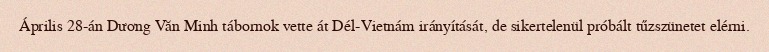
Április 28-án Dương Văn Minh tábornok vette át Dél-Vietnám irányítását, de sikertelenül próbált tűzszünetet elérni.